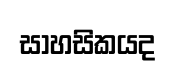
සාහසිකයද